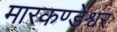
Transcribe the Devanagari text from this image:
मारकण्डेश्वर